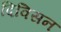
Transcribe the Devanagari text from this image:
दिविसन